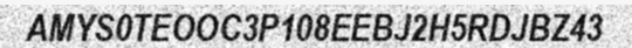
AMYS0TEOOC3P108EEBJ2H5RDJBZ43